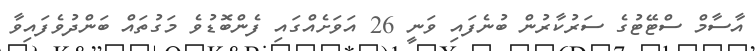
އާސާމް ސްޓޭޓުގެ ސަރުކާރުން ބުނެފައި ވަނީ 26 އަވަށެއްގައި ފެންބޮޑުވެ މަގުތައް ބަންދުވެފައިވާ